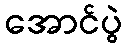
အောင်ပွဲ